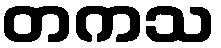
တကသ